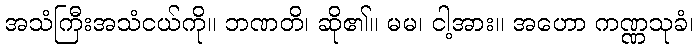
အသံကြီးအသံငယ်ကို။ ဘဏတိ၊ ဆို၏။ မမ၊ ငါ့အား။ အဟော ကဏ္ဏသုခံ၊